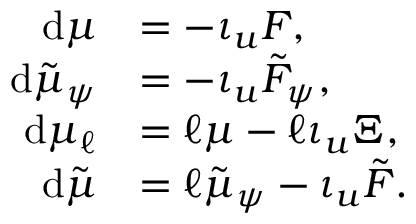
\begin{array} { r l } { \mathrm { d } \mu } & { = - \iota _ { u } F , } \\ { \mathrm { d } \tilde { \mu } _ { \psi } } & { = - \iota _ { u } \tilde { F } _ { \psi } , } \\ { \mathrm { d } \mu _ { \ell } } & { = \ell \mu - \ell \iota _ { u } \Xi , } \\ { \mathrm { d } \tilde { \mu } } & { = \ell \tilde { \mu } _ { \psi } - \iota _ { u } \tilde { F } . } \end{array}